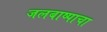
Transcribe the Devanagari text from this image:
जलबाष्पाचा